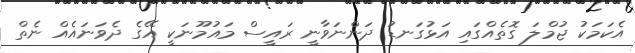
އެކަމަކު ޖުމްލަ ގޮތެއްގައި އަޅުގަނޑު ދަންނަވާނީ ރައީސް މައުމޫނަކީ އޭގެ ދެވަނައެއް ނެތް